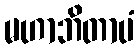
မဟာဘိတာပံ